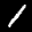
Label: 1